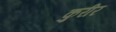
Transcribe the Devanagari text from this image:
कुरीर